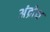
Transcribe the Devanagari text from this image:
अंद्रोथ